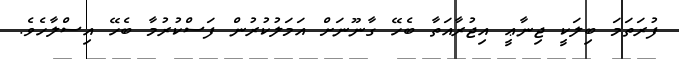
ފުރަތަމަ ބިލަކީ ޖިނާޢީ އިޖުރާއަތާ ބެހޭ ގާނޫނަށް އަމަލުކުރުން ފަސްކުރުމާ ބެހޭ އިސްލާހެވެ.